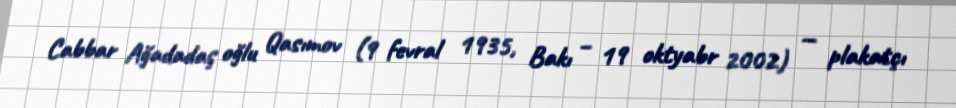
Cabbar Ağadadaş oğlu Qasımov (9 fevral 1935, Bakı – 19 oktyabr 2002) — plakatçı